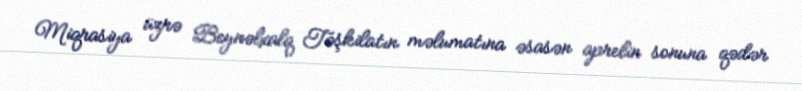
Miqrasiya üzrə Beynəlxalq Təşkilatın məlumatına əsasən aprelin sonuna qədər